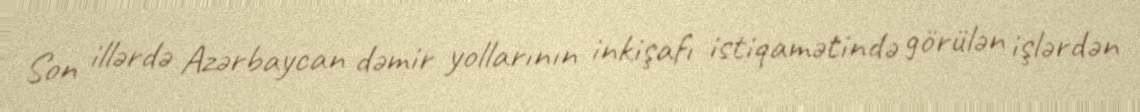
Son illərdə Azərbaycan dəmir yollarının inkişafı istiqamətində görülən işlərdən